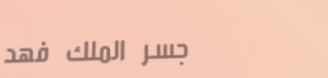
جسر الملك فهد